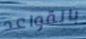
بالقواعد